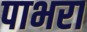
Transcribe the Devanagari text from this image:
पाभरा